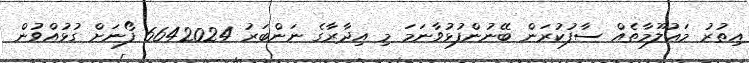
އިތުރު މަޢުލޫމާތެއް ސާފުކުރަން ބޭނުންފުޅުވާނަމަ މި އިދާރާގެ ނަންބަރު 6642024 ފޯނަށް ގުޅުއްވުން